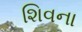
શિવના